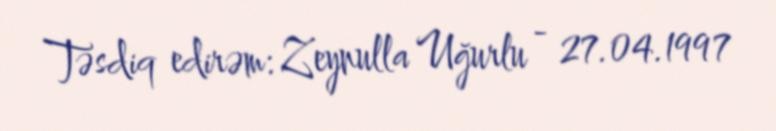
Təsdiq edirəm: Zeynulla Uğurlu - 27.04.1997